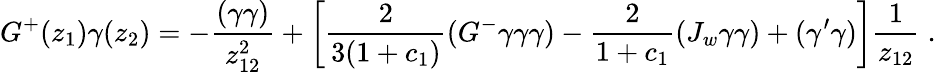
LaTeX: G^{+}(z_{1})\gamma(z_{2})=-\frac{(\gamma\gamma)}{z_{12}^{2}}+\left[\frac{2}{3(1+c_{1})}(G^{-}\gamma\gamma\gamma)-\frac{2}{1+c_{1}}(J_{w}\gamma\gamma)+(\gamma^{\prime}\gamma)\right]\frac{1}{z_{12}}\; .